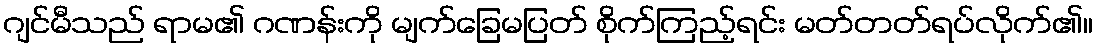
ဂျင်မီသည် ရာမ၏ ဂဏန်းကို မျက်ခြေမပြတ် စိုက်ကြည့်ရင်း မတ်တတ်ရပ်လိုက်၏။